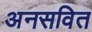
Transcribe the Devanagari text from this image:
अनसवित